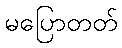
မပြောတတ်